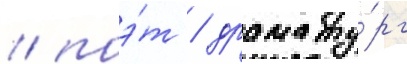
/ поэ́т / драмату́рг